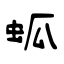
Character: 蛌